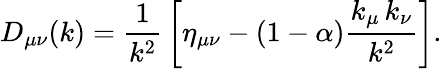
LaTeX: D_{\mu\nu}(k)={\frac{1}{k^{2}}}\left[\eta_{\mu\nu}-\left(1-\alpha\right){\frac{k_{\mu}\, k_{\nu}}{k^{2}}}\right].